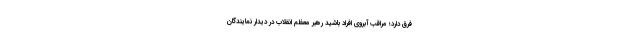
فرق دارد؛ مراقب آبروی افراد باشید رهبر معظم انقلاب در دیدار نمایندگان